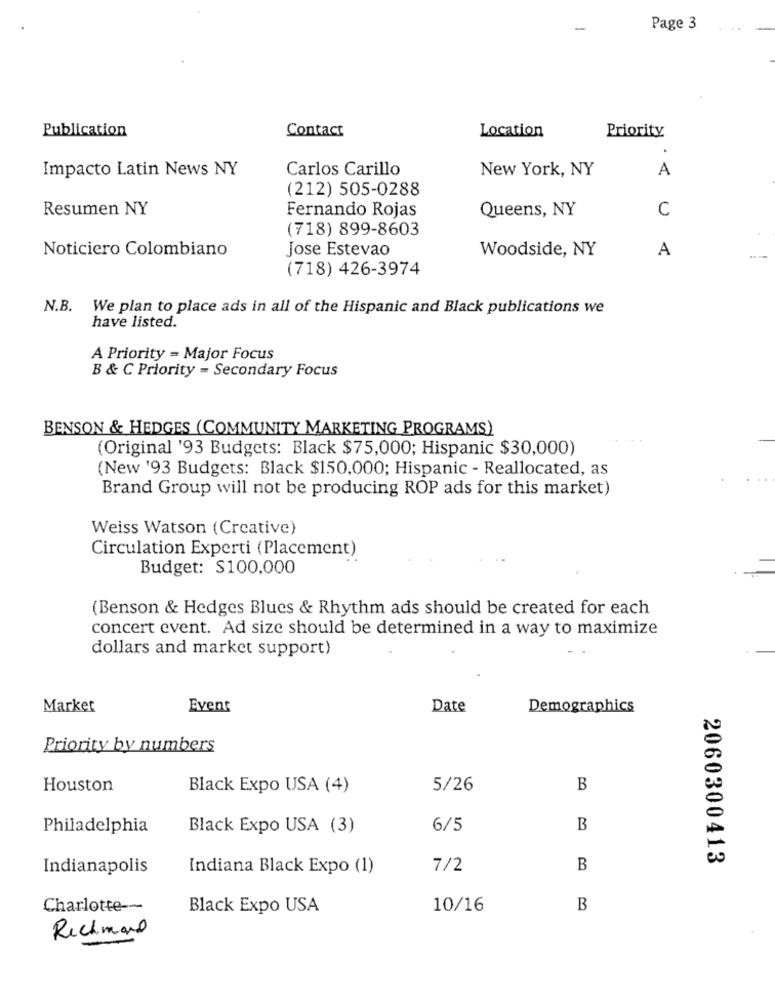
Page 3
Publication
Contact
Location
Priority
Carlos Carillo
New York, NY
A
Impacto Latin News NY
(212) 505-0288
Resumen NY
Fernando Rojas
Queens, NY
C
(718) 899-8603
Noticiero Colombiano
Jose Estevao
Woodside, NY
A
(718) 426-3974
N.B. We plan to place ads in all of the Hispanic and Black publications we
have listed.
A Priority = Major Focus
B & C Priority - Secondary Focus
BENSON & HEDGES (COMMUNITY MARKETING PROGRAMS)
(Original '93 Budgets: Black $75,000; Hispanic $30,000)
(New '93 Budgets: Black $150,000; Hispanic - Reallocated, as
Brand Group will not be producing ROP ads for this market)
Weiss Watson (Creative)
Circulation Experti (Placement)
Budget: S100,000
(Benson & Hedges Blues & Rhythm ads should be created for each
concert event. Ad size should be determined in a way to maximize
dollars and market support)
Market
Event
Date
Demographics
Priority by numbers
Houston
Black Expo USA (4)
5/26
B
Philadelphia
Black Expo USA (3)
6/5
B
2060300413
Indianapolis
Indiana Black Expo (1)
7/2
B
Charlotte --
Black Expo USA
10/16
B
Richmond